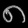
Digit: ၈